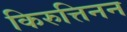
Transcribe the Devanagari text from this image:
किरुत्तिनन